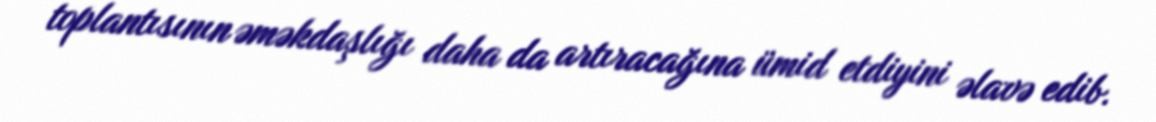
toplantısının əməkdaşlığı daha da artıracağına ümid etdiyini əlavə edib.